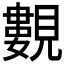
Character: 𧢃